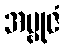
အမ္ဗုဇံ